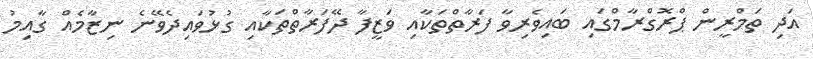
އަދި ތަމްރީން ޕްރޮގްރާމްގައި ބައިވެރިވާ ފަރާތްތަކާއި ވަޒީފާ ދޭފަރާތްތަކާއި ގުޅުވައިދެވޭނެ ނިޒާމެއް ގާއިމު